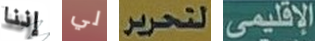
إننا لي لتحرير الإقليمي